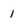
Character: 1